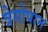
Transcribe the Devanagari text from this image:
त्रेगोपान